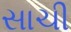
સાચી